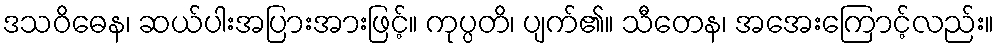
ဒသဝိဓေန၊ ဆယ်ပါးအပြားအားဖြင့်။ ကုပ္ပတိ၊ ပျက်၏။ သီတေန၊ အအေးကြောင့်လည်း။